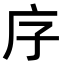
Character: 𭙒